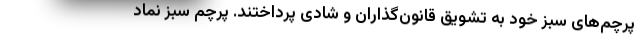
پرچم‌های سبز خود به تشویق قانون‌گذاران و شادی پرداختند. پرچم سبز نماد